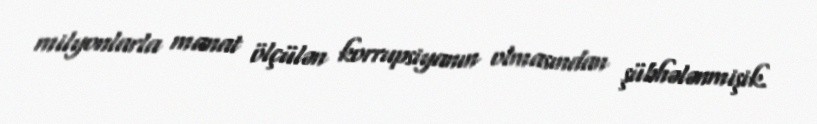
milyonlarla manat ölçülən korrupsiyanın olmasından şübhələnmişik.